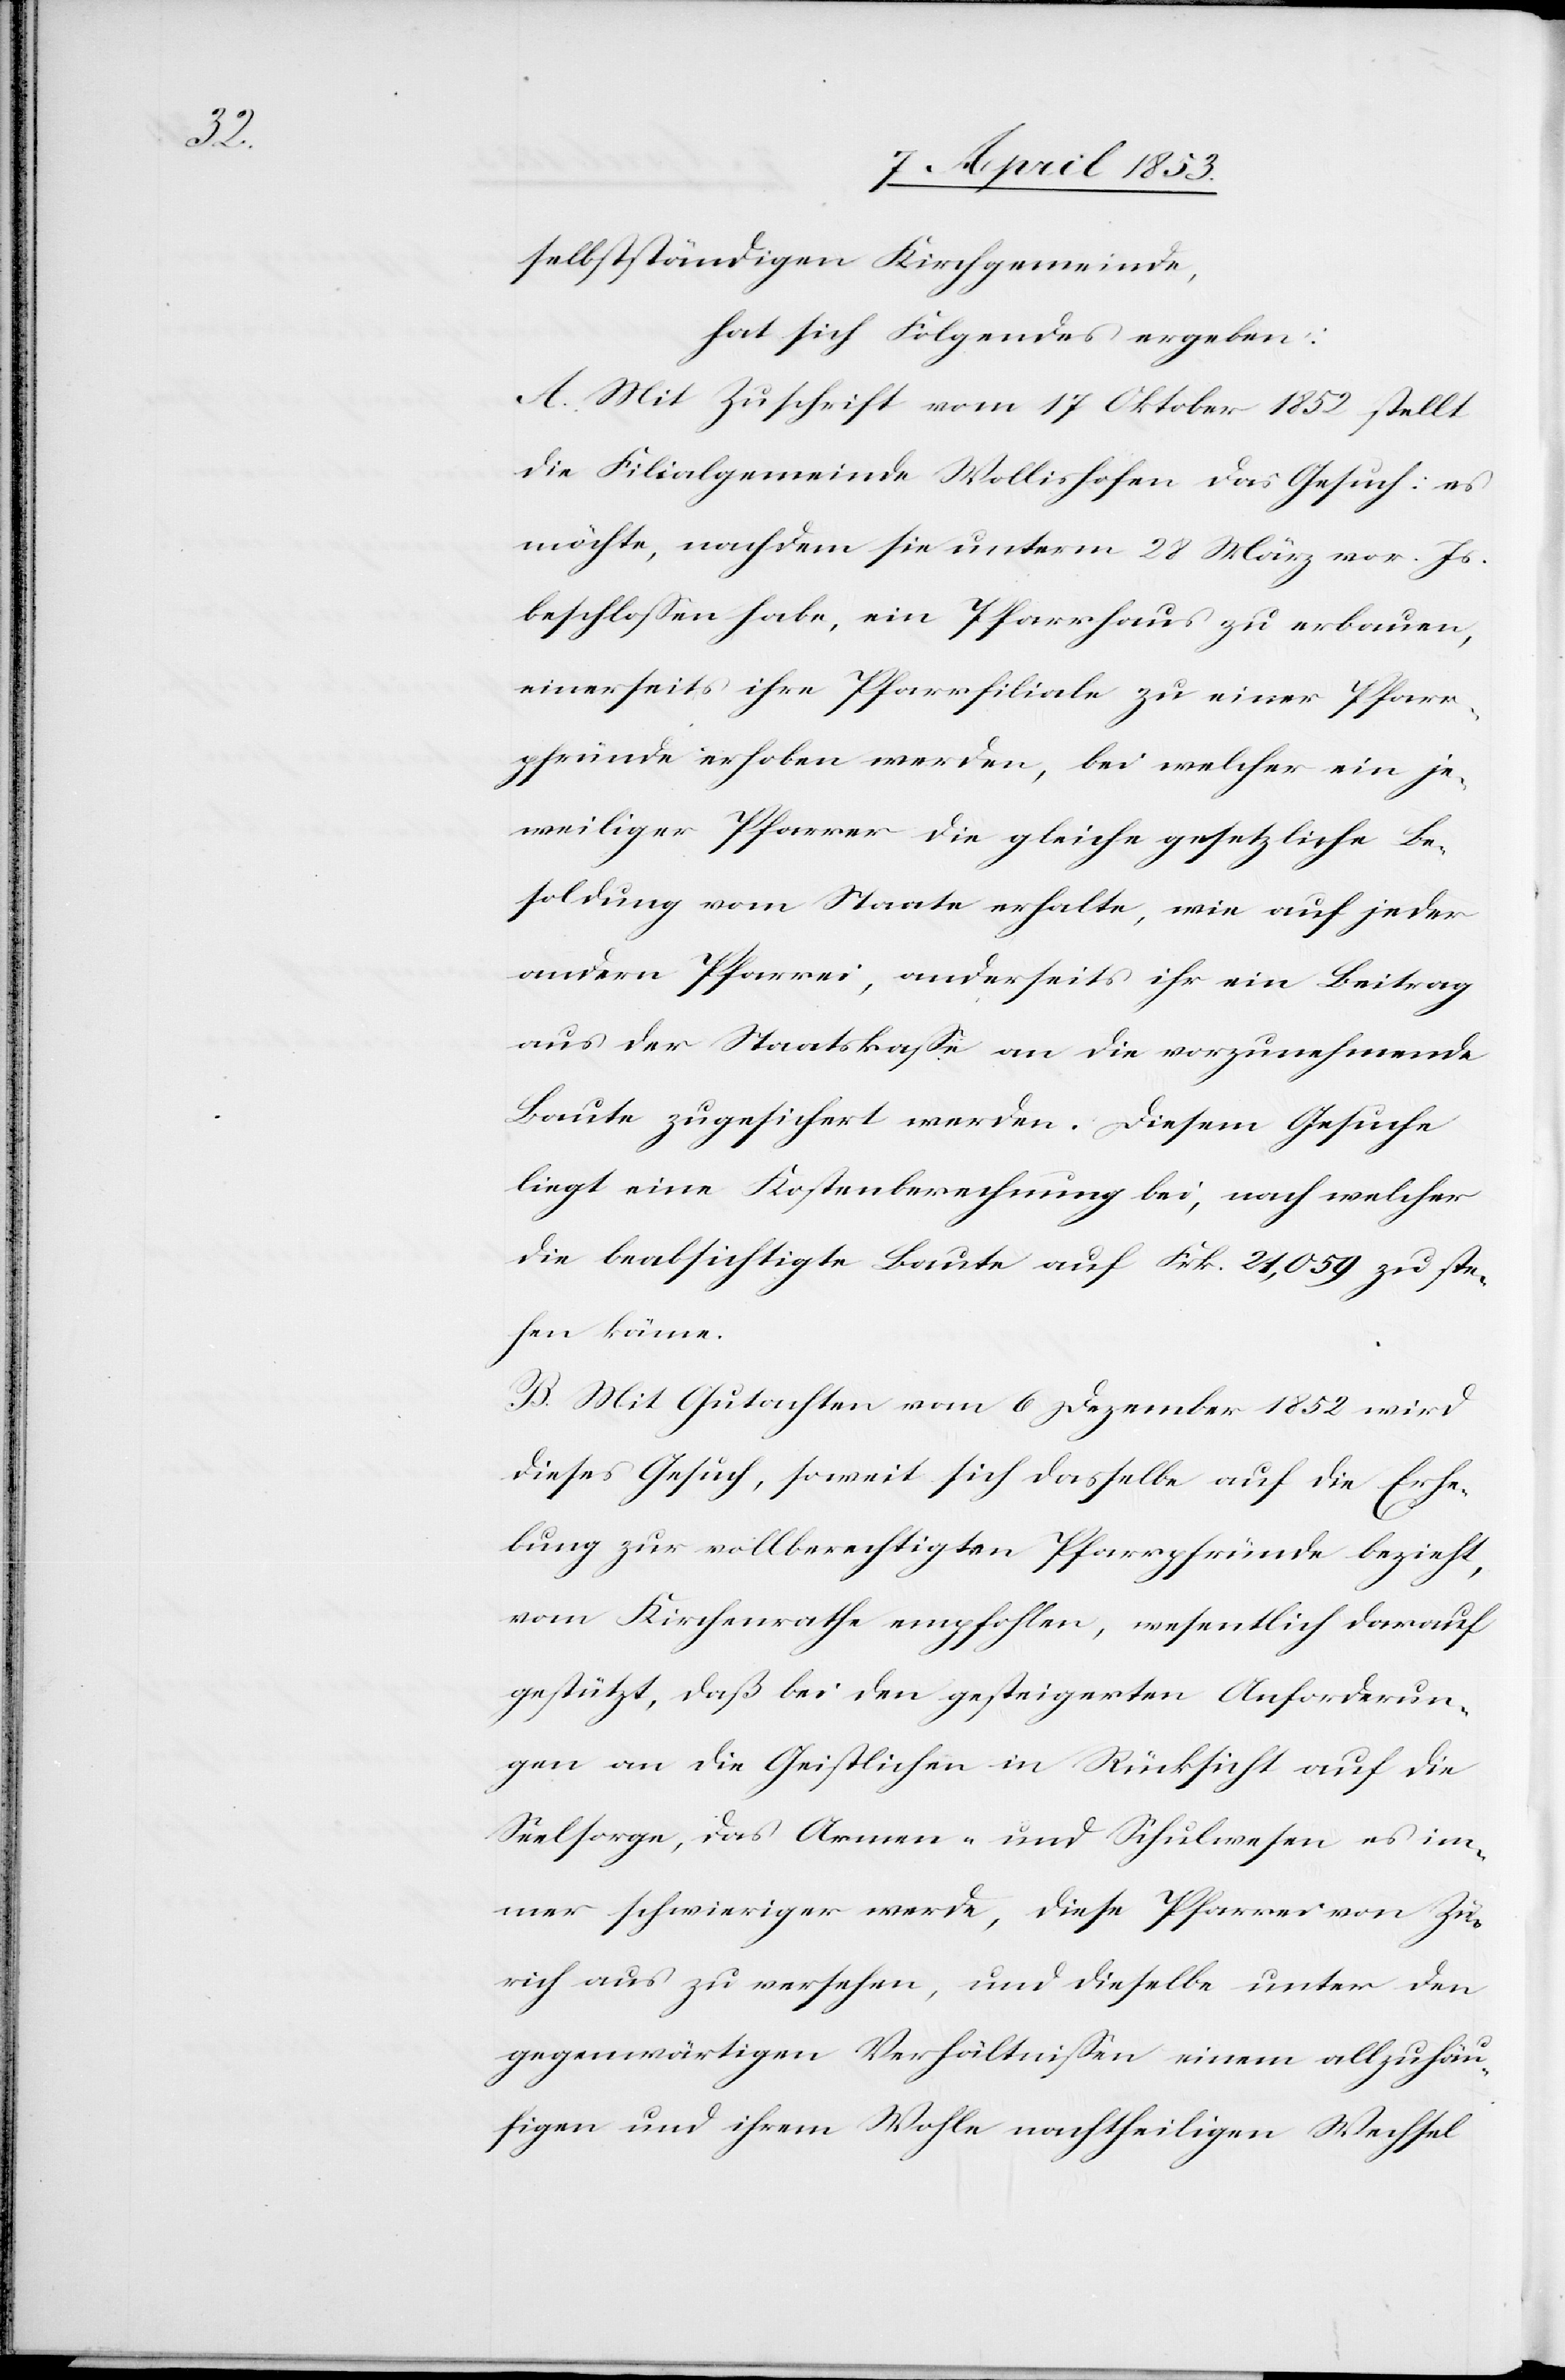
selbstständigen Kirchgemeinde,
hat sich Folgendes ergeben:
A. Mit Zuschrift vom 17 Oktober 1852 stellt
die Filialgemeinde Wollishofen das Gesuch: es
möchte, nachdem sie unterm 28 März vor. Js.
beschloßen habe, ein Pfarrhaus zu erbauen,
einerseits ihre Pfarrfiliale zu einer Pfarr¬
pfründe erhoben werden, bei welcher ein je¬
weiliger Pfarrer die gleiche gesetzliche Be¬
soldung von Staate erhalte, wie auf jeder
andern Pfarrei, anderseits ihr ein Beitrag
aus der Staatskanzlei an die vorzunehmende
Baute zugesichert werden. Diesem Gesuche
liegt eine Kostenrechnung bei, nach welcher
die beabsichtigte Baute auf Frk. 24,059 zu ste¬
hen könne.
B. Mit Gutachten vom 6 Dezember 1852 wird
dieses Gesuch, soweit sich dasselbe auf die Erhe¬
bung zur vollberechtigten Pfarrpfründe bezieht,
vom Kirchenrathe empfohlen, wesentlich darauf
gestützt, daß bei den gesteigerten Anforderun¬
gen an die Geistlichen in Rücksicht auf die
Seelsorge, das Armen- und Schulwesen es im¬
mer schwieriger werde, diese Pfarrei von Zü¬
rich aus zu versehen, und dieselbe unter den
gegenwärtigen Verhältnißen einem allzuhäu¬
figen und ihrem Wohle nachtheiligen Wechsel